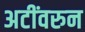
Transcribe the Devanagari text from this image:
अटींवरुन